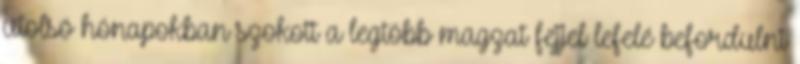
utolsó hónapokban szokott a legtöbb magzat fejjel lefelé befordulni